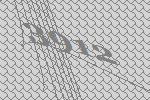
3912